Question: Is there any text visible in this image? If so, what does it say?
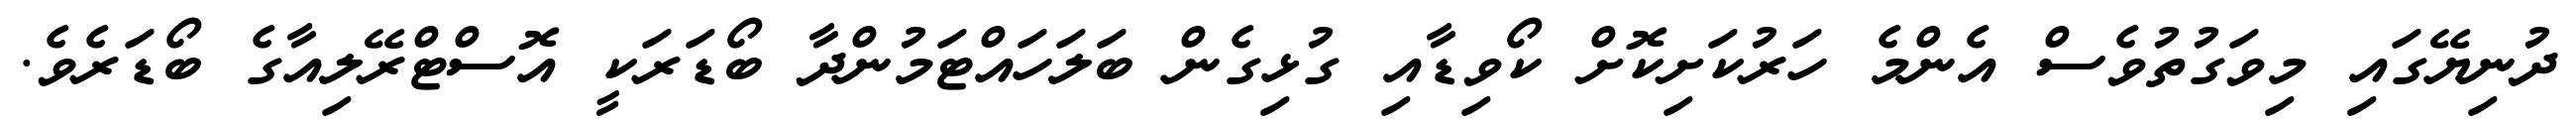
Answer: ދުނިޔޭގައި މިވަގުތުވެސް އެންމެ ހަރުކަށިކޮށް ކޯވިޑާއި ގުޅިގެން ބަލަހައްޓަމުންދާ ބޯޑަރަކީ އޮސްޓްރޭލިއާގެ ބޯޑަރެވެ.